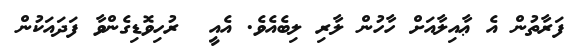
ފަރާތުން އެ ޢާއިލާއަށް ހާހުން ލާރި ލިބެއެވެ. އެއީ  ރުހިވޮޑިގެންވާ ފަދައަކުން